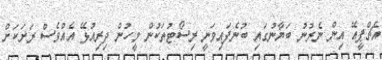
އެޗްޕީއޭ އިން ނެރުނު ބަޔާނުގައި ބުނެފައިވަނީ ރިސޯޓުތަކުން މީހުން ދިރިއުޅޭ އެއްވެސް ރަަށަކަށް